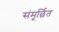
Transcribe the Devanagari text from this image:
संमूर्छित